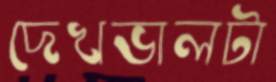
দেখভালটা